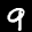
Label: 9